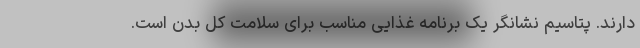
دارند. پتاسیم نشانگر یک برنامه غذایی مناسب برای سلامت کل بدن است.